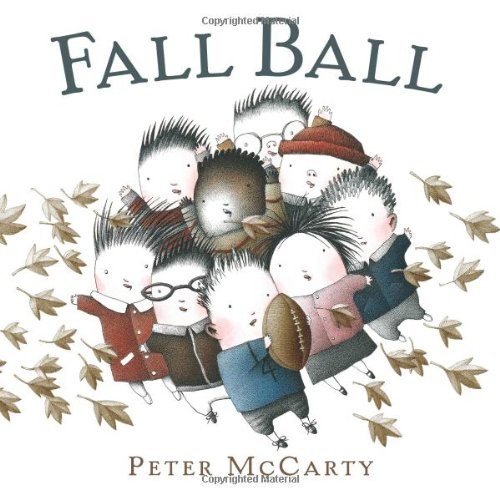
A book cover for Fall Ball; Peter McCarty; Children's Books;